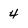
Character: 4